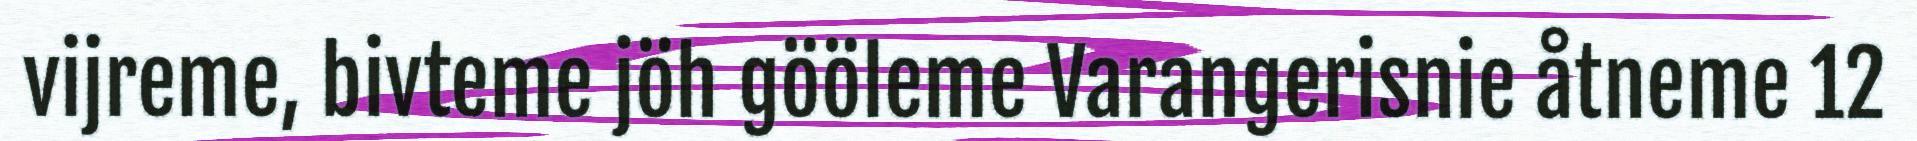
vijreme, bivteme jöh gööleme Varangerisnie åtneme 12